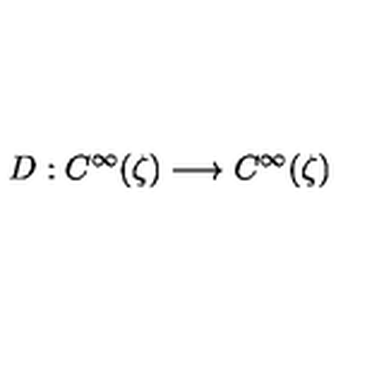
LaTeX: D : C ^ { \infty } ( \zeta ) \longrightarrow C ^ { \infty } ( \zeta )